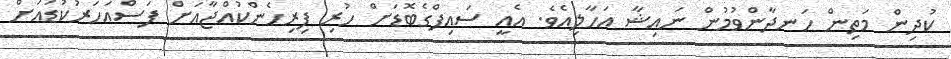
ކުދިން މަތިން ހަނދާންވުމުން ނައިޝާ އަހާލިއެވެ. އެއީ ސައިފްގެބޮޑަށް ހުރި ފިރިހެންކުއްޖާއަށް ފަސްއަހަރުކުޑައަށް